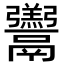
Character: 𩱧